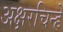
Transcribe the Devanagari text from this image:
अक्षरचिन्हे